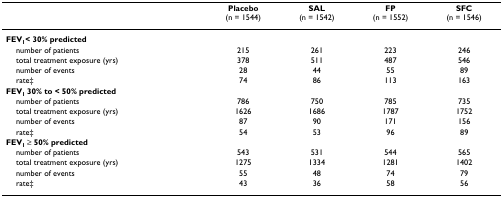
|  | Placebo(n = 1544) | SAL(n = 1542) | FP(n = 1552) | SFC(n = 1546) |
 | --- | --- | --- | --- | --- |
 | FEV1< 30% predicted |  |  |  |  |
 | number of patients | 215 | 261 | 223 | 246 |
 | total treatment exposure (yrs) | 378 | 511 | 487 | 546 |
 | number of events | 28 | 44 | 55 | 89 |
 | rate‡ | 74 | 86 | 113 | 163 |
 | FEV1 30% to < 50% predicted |  |  |  |  |
 | number of patients | 786 | 750 | 785 | 735 |
 | total treatment exposure (yrs) | 1626 | 1686 | 1787 | 1752 |
 | number of events | 87 | 90 | 171 | 156 |
 | rate‡ | 54 | 53 | 96 | 89 |
 | FEV1 ≥ 50% predicted |  |  |  |  |
 | number of patients | 543 | 531 | 544 | 565 |
 | total treatment exposure (yrs) | 1275 | 1334 | 1281 | 1402 |
 | number of events | 55 | 48 | 74 | 79 |
 | rate‡ | 43 | 36 | 58 | 56 |